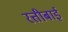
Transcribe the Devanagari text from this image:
रत्तीबाई